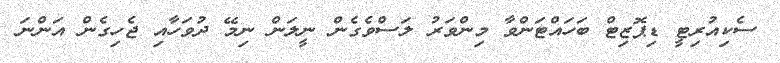
ސެކިއުރިޓީ ޑިޕޮޒިޓް ބަހައްޓަންވާ މިންވަރު ލަސްވެގެން ނީލަން ނިމޭ ދުވަހާއި ޖެހިގެން އަންނަ